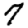
Digit: 7